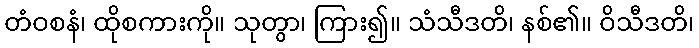
တံဝစနံ၊ ထိုစကားကို။ သုတွာ၊ ကြား၍။ သံသီဒတိ၊ နစ်၏။ ဝိသီဒတိ၊